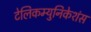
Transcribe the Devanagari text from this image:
टेलिकम्युनिकेशंस